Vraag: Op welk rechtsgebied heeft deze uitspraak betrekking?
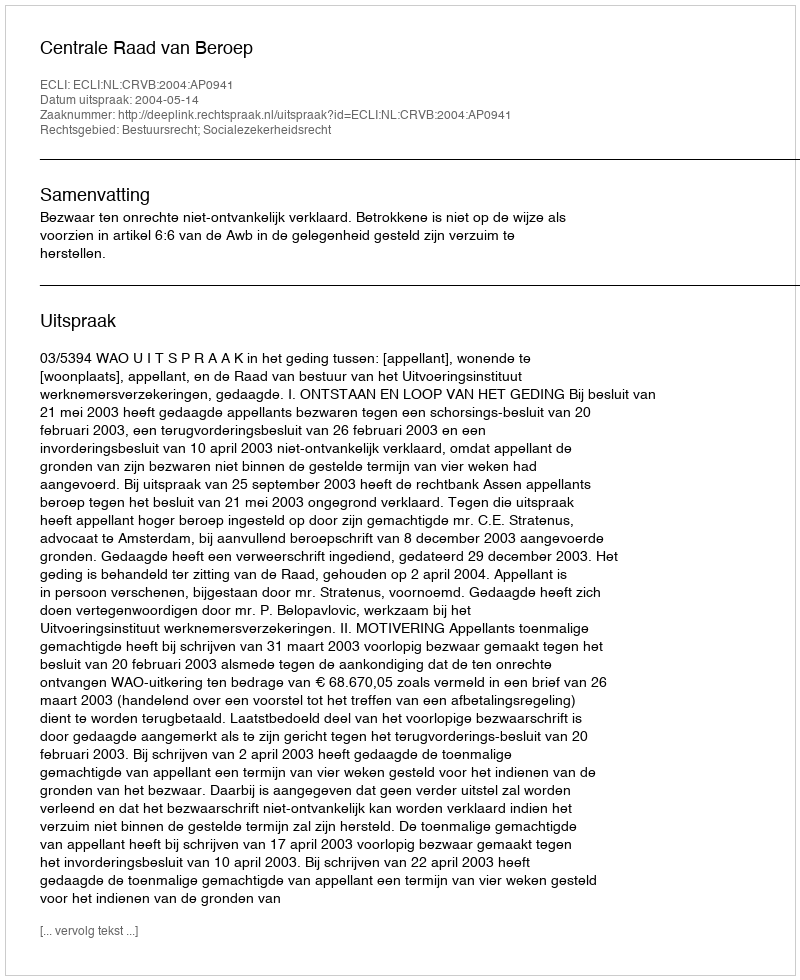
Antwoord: Bestuursrecht; Socialezekerheidsrecht